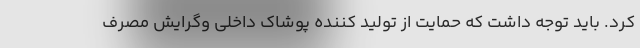
کرد. باید توجه داشت که حمایت از تولید کننده پوشاک داخلی و‌گرایش مصرف